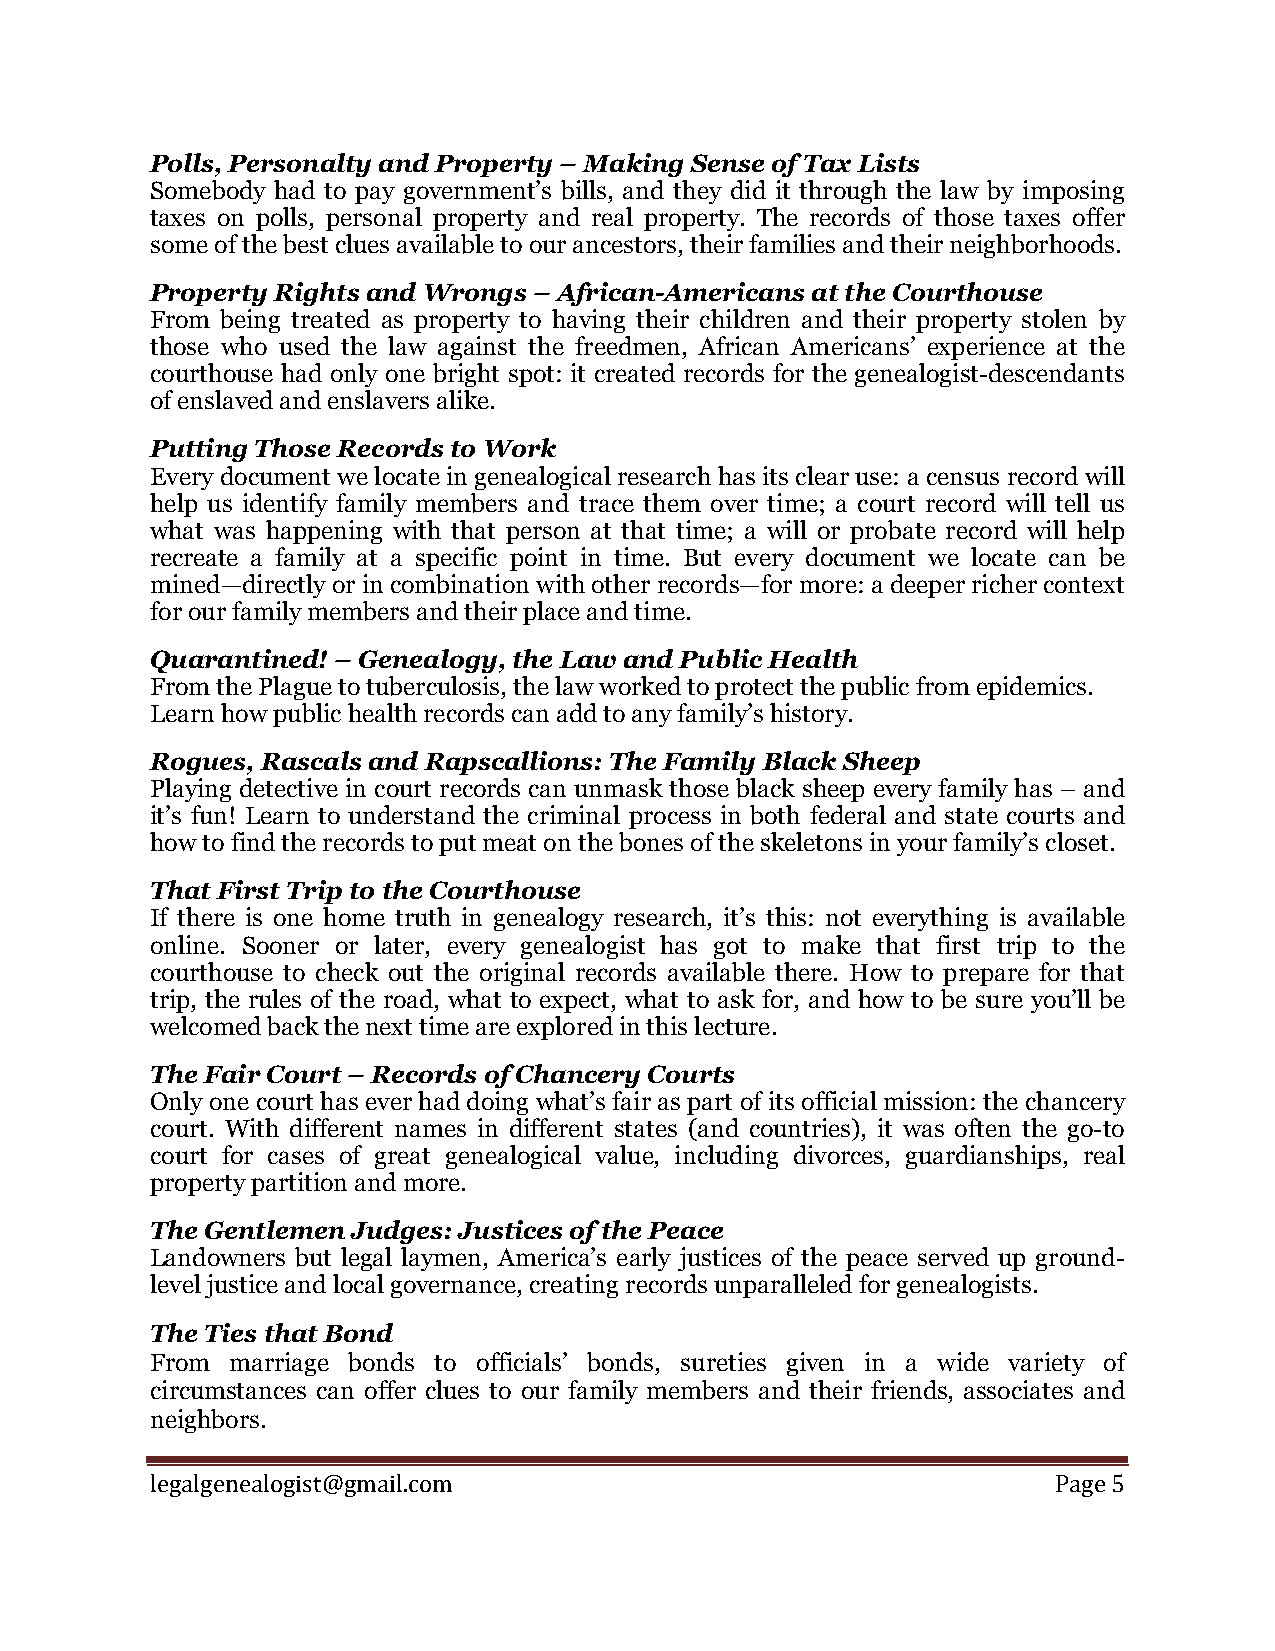
Polls, Personalty and Property – Making Sense of Tax Lists
 Somebody had to pay government’s bills, and they did it through the law by imposing
 taxes on polls, personal property and real property. The records of those taxes offer
 some of the best clues available to our ancestors, their families and their neighborhoods.
 Property Rights and Wrongs – African-Americans at the Courthouse
 From being treated as property to having their children and their property stolen by
 those who used the law against the freedmen, African Americans’ experience at the
 courthouse had only one bright spot: it created records for the genealogist-descendants
 of enslaved and enslavers alike.
 Putting Those Records to Work
 Every document we locate in genealogical research has its clear use: a census record will
 help us identify family members and trace them over time; a court record will tell us
 what was happening with that person at that time; a will or probate record will help
 recreate a family at a specific point in time. But every document we locate can be
 mined—directly or in combination with other records—for more: a deeper richer context
 for our family members and their place and time.
 Quarantined! – Genealogy, the Law and Public Health
 From the Plague to tuberculosis, the law worked to protect the public from epidemics.
 Learn how public health records can add to any family’s history.
 Rogues, Rascals and Rapscallions: The Family Black Sheep
 Playing detective in court records can unmask those black sheep every family has – and
 it’s fun! Learn to understand the criminal process in both federal and state courts and
 how to find the records to put meat on the bones of the skeletons in your family’s closet.
 That First Trip to the Courthouse
 If there is one home truth in genealogy research, it’s this: not everything is available
 online. Sooner or later, every genealogist has got to make that first trip to the
 courthouse to check out the original records available there. How to prepare for that
 trip, the rules of the road, what to expect, what to ask for, and how to be sure you’ll be
 welcomed back the next time are explored in this lecture.
 The Fair Court – Records of Chancery Courts
 Only one court has ever had doing what’s fair as part of its official mission: the chancery
 court. With different names in different states (and countries), it was often the go-to
 court for cases of great genealogical value, including divorces, guardianships, real
 property partition and more.
 The Gentlemen Judges: Justices of the Peace
 Landowners but legal laymen, America’s early justices of the peace served up ground-
 level justice and local governance, creating records unparalleled for genealogists.
 The Ties that Bond
 From marriage bonds to officials’ bonds, sureties given in a wide variety of
 circumstances can offer clues to our family members and their friends, associates and
 neighbors.
 l egalgenealogist@gmail.com                                 Page 5